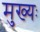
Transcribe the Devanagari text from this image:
मुख्यः